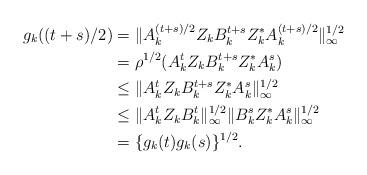
LaTeX: \begin{align*}g_k((t+s)/2) &= \| A_k^{(t+s)/2}Z_kB_k^{t+s}Z^*_kA_k^{(t+s)/2} \|_{\infty}^{1/2} \\&=\rho^{1/2}( A_k^{t}Z_kB_k^{t+s}Z^*_kA_k^{s}) \\&\le \| A_k^{t}Z_kB_k^{t+s}Z^*_kA_k^{s} \|_{\infty}^{1/2} \\&\le \| A_k^{t}Z_kB_k^{t}\|_{\infty}^{1/2} \| B_k^{s}Z^*_kA_k^{s} \|_{\infty}^{1/2} \\&=\{g_k(t)g_k(s)\}^{1/2}.\end{align*}